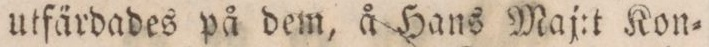
utfärdades på dem, å Hans Maj:t Kon=